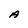
Character: A